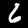
Digit: 6